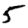
Digit: 5